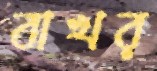
বাখর